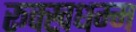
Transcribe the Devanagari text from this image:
रूक्खधम्म